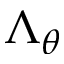
\Lambda _ { \theta }